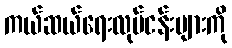
ကယ်ဆယ်ရေးလုပ်ငန်းများကို